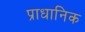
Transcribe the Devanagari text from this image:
प्राधानिक